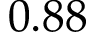
0 . 8 8